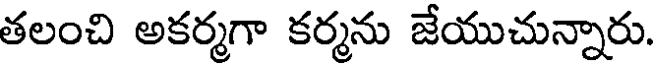
తలంచి అకర్మగా కర్మను జేయుచున్నారు.